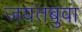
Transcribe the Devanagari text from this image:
जयंतबुवा